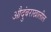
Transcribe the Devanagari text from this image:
औदुंबराखालील